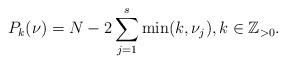
LaTeX: \begin{align*}P_{k}(\nu)= N-2 \sum_{j=1}^{s}\min(k,\nu_j),k\in\mathbb{Z}_{> 0}.\end{align*}